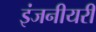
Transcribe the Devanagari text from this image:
इंजनीयरी